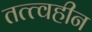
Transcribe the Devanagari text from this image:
तत्त्वहीन